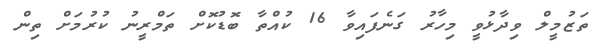
ތަޒުމީލް ވިދާޅުވީ މިހާރު ގަނެފައިވާ 16 ކުއްތާ ބޮޑުކޮށް ތަމްރީނު ކުރުމަށް ތިން